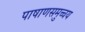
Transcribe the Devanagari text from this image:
पाषाणसमुच्चय